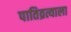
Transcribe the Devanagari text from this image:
पातिव्रत्याला